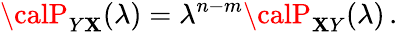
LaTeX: {\calP}_{Y\mathbf{X}}(\lambda)=\lambda^{n-m}{\calP}_{\mathbf{X}Y}(\lambda)\, .